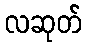
လဆုတ်